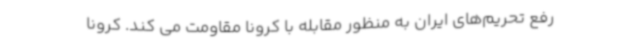
رفع تحریم‌های ایران به منظور مقابله با کرونا مقاومت می کند. کرونا